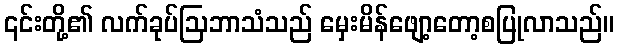
၎င်းတို့၏ လက်ခုပ်ဩဘာသံသည် မှေးမိန်ဖျော့တော့စပြုလာသည်။